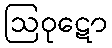
ဩဝုဋော